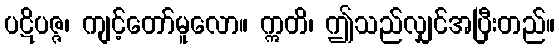
ပဋိပဇ္ဇ၊ ကျင့်တော်မူလော။ ဣတိ၊ ဤသည်လျှင်အပြီးတည်။